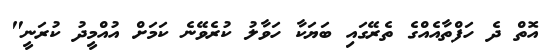
އޮތް ދެ ހަފްތާއެއްގެ ތެރޭގައި ބަޔަކާ ހަވާލު ކުރެވޭނެ ކަމަށް އުއްމީދު ކުރަނީ"